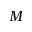
M